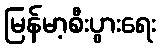
မြန်မာ့စီးပွားရေး